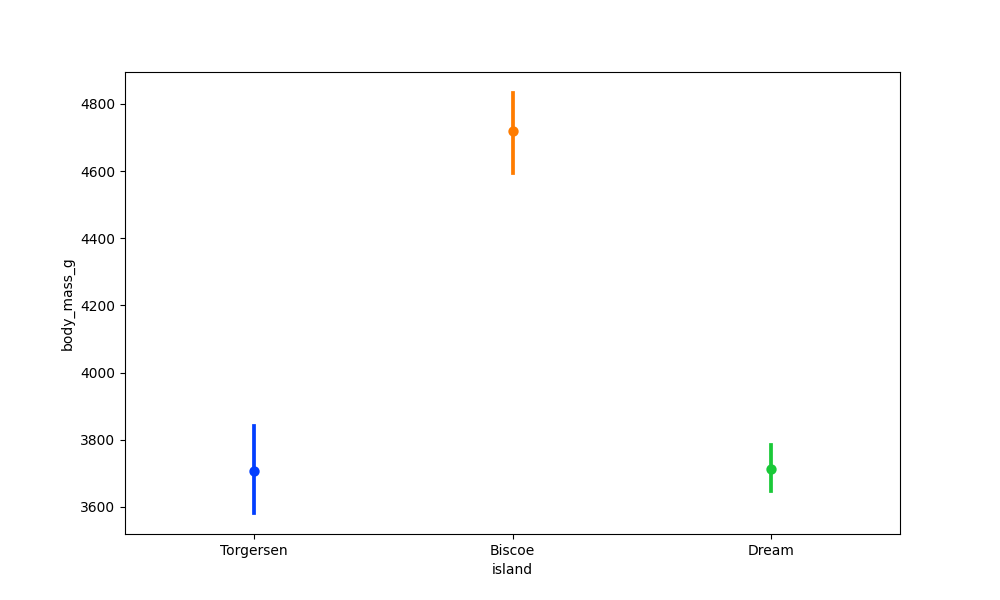
python, seaborn, pointplot, scale=1.0, join=False, hue='None', palette='bright'